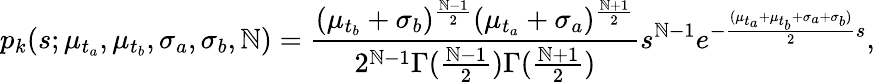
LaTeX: p_{k}(s;\mu_{t_{a}},\mu_{t_{b}},\sigma_{a},\sigma_{b},\mathbb{N})=\frac{{(\mu_{t_{b}}+\sigma_{b})^{\frac{{\mathbb{N}-1}}{{2}}}(\mu_{t_{a}}+\sigma_{a})^{\frac{{\mathbb{N}+1}}{{2}}}}}{{2^{\mathbb{N}-1}\Gamma(\frac{{\mathbb{N}-1}}{{2}})\Gamma(\frac{{\mathbb{N}+1}}{{2}})}}s^{\mathbb{N}-1}e^{-\frac{{(\mu_{t_{a}}+\mu_{t_{b}}+\sigma_{a}+\sigma_{b})}}{{2}}s},